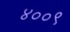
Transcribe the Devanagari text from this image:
४००९